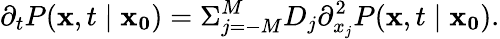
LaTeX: \partial_{t}P(\mathbf{x},t\mid\mathbf{x_{0}})=\Sigma_{j=-M}^{M}D_{j}\partial_{x_{j}}^{2}P(\mathbf{x},t\mid\mathbf{x_{0}}).